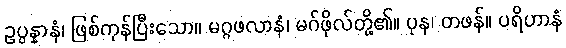
ဥပ္ပန္နာနံ၊ ဖြစ်ကုန်ပြီးသော။ မဂ္ဂဖလာနံ၊ မဂ်ဖိုလ်တို့၏။ ပုန၊ တဖန်။ ပရိဟာနံ